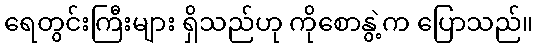
ရေတွင်းကြီးများ ရှိသည်ဟု ကိုစောနွဲ့က ပြောသည်။